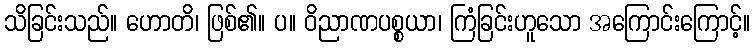
သိခြင်းသည်။ ဟောတိ၊ ဖြစ်၏။ ပ။ ဝိညာဏပစ္စယာ၊ ကြံခြင်းဟူသော အကြောင်းကြောင့်။